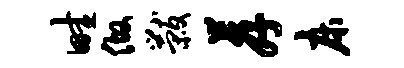
畦做黻荐床